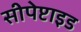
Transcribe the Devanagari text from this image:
सीपेप्टाइड